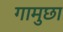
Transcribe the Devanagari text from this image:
गामुछा